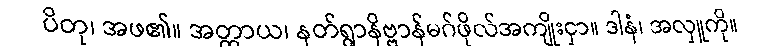
ပိတု၊ အဖ၏။ အတ္ထာယ၊ နတ်ရွာနိဗ္ဗာန်မဂ်ဖိုလ်အကျိုးငှာ။ ဒါနံ၊ အလှူကို။